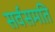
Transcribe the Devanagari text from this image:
सर्वसमति